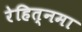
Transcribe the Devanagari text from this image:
रेहित्नमा